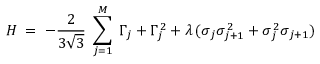
H \; = \; - \frac { 2 } { 3 \sqrt { 3 } } \; \sum _ { j = 1 } ^ { M } \; \Gamma _ { \, j } + \Gamma _ { \, j } ^ { \, 2 } + \lambda \, ( \sigma _ { \, j } \sigma _ { \, j + 1 } ^ { \, 2 } + \sigma _ { \, j } ^ { \, 2 } \sigma _ { \, j + 1 } )